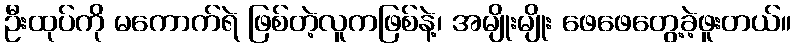
ဦးထုပ်ကို မကောက်ရဲ ဖြစ်တဲ့လူကဖြစ်နဲ့၊ အမျိုးမျိုး ဖေဖေတွေ့ခဲ့ဖူးတယ်။